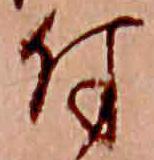
付